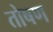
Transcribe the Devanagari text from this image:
तोषण